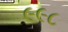
૯૯૮